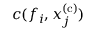
c ( f _ { i } , x _ { j } ^ { \mathrm { ( c ) } } )